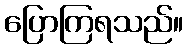
ပြောကြရသည်။